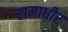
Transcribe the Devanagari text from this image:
रामाधीर